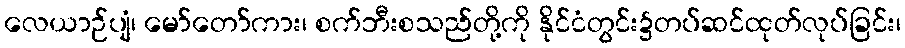
လေယာဉ်ပျံ၊ မော်တော်ကား၊ စက်ဘီးစသည်တို့ကို နိုင်ငံတွင်း၌တပ်ဆင်ထုတ်လုပ်ခြင်း၊